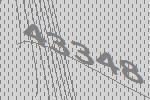
43348